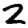
Digit: 2